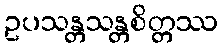
ဥပသန္တသန္တစိတ္တဿ